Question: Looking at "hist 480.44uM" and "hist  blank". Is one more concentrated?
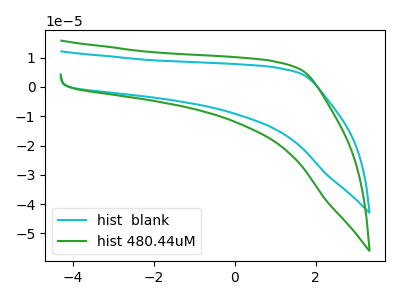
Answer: <think>The cyan curve "hist  blank" has no peaks. The green curve "hist 480.44uM" has no peaks.
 Neither "hist 480.44uM" or "hist  blank" have any peaks.</think>
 <answer>I cant tell if "hist 480.44uM" or "hist  blank" has higher concentration.</answer>
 <eval>mixed_concentration</eval>